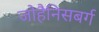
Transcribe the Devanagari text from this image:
जोहैनिसबर्ग